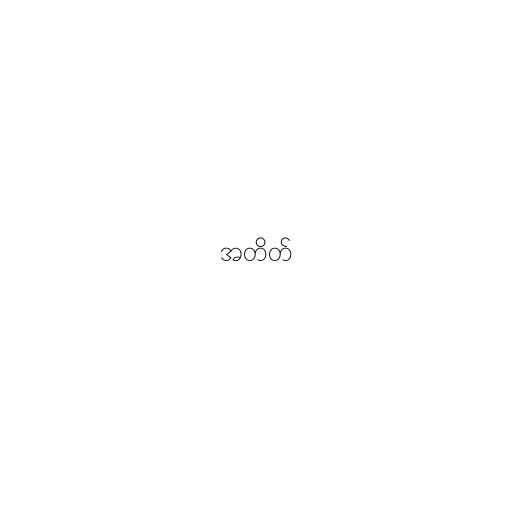
အတိတ်